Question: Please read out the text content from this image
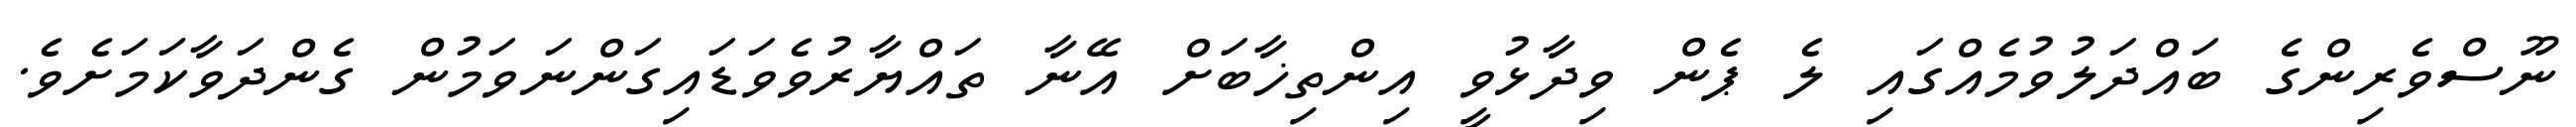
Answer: ނޫސްވެރިންގެ ބައްދަލުވުމެއްގައި ލެ ޕެން ވިދާޅުވީ އިންތިޚާބަށް އޭނާ ތައްޔާރުވެވަޑައިގަންނަވަމުން ގެންދަވާކަމަށެވެ.